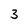
Character: 3